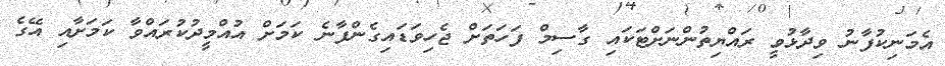
އެމަނިކުފާނު ވިދާޅުވީ ރައްޔިތުންނަށްޓަކައި ގާސިމް ފަހަތަށް ޖެހިވަޑައިގެންފާނެ ކަމަށް އުއްމީދުކުރައްވާ ކަމަށާއި އޭގެ